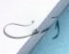
آسف